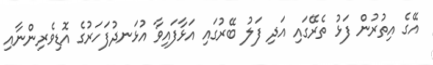
އޭގެ އިތުރުން ފަޅު ތެރޭގައި އަދި ފަލު ބޭރުގައި އަޅާފައިވާ އުޅަނދުފަހަރުގެ އޮޑިވެރިންނާއި